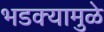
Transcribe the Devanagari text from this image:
भडक्यामुळे